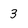
Character: 3